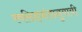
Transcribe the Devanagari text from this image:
स्वसिद्धांतानुयायी